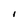
Character: I